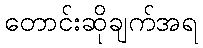
တောင်းဆိုချက်အရ